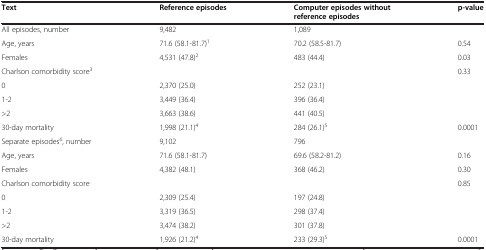
| Text | Reference episodes | Computer episodes without reference episodes | p-value |
 | --- | --- | --- | --- |
 | All episodes, number | 9,482 | 1,089 |  |
 | Age, years | 71.6 (58.1-81.7)1 | 70.2 (58.5-81.7) | 0.54 |
 | Females | 4,531 (47.8)2 | 483 (44.4) | 0.03 |
 | Charlson comorbidity score3 |  |  | 0.33 |
 | 0 | 2,370 (25.0) | 252 (23.1) |  |
 | 1-2 | 3,449 (36.4) | 396 (36.4) |  |
 | >2 | 3,663 (38.6) | 441 (40.5) |  |
 | 30-day mortality | 1,998 (21.1)4 | 284 (26.1)5 | 0.0001 |
 | Separate episodes6, number | 9,102 | 796 |  |
 | Age, years | 71.6 (58.1-81.7) | 69.6 (58.2-81.2) | 0.16 |
 | Females | 4,382 (48.1) | 368 (46.2) | 0.30 |
 | Charlson comorbidity score |  |  | 0.85 |
 | 0 | 2,309 (25.4) | 197 (24.8) |  |
 | 1-2 | 3,319 (36.5) | 298 (37.4) |  |
 | >2 | 3,474 (38.2) | 301 (37.8) |  |
 | 30-day mortality | 1,926 (21.2)4 | 233 (29.3)5 | 0.0001 |